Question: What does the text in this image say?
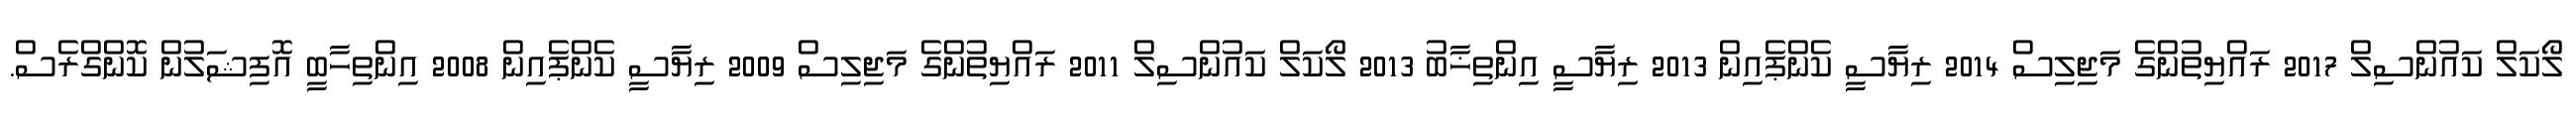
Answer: ލޯކަލް ކައުންސިލް 2017 ރައްޔިތުންގެ މަޖިލިސް 2014 ރިޔާސީ ކެންޕެއިން 2013 ރިޔާސީ އިންތިޚާބު 2013 ލޯކަލް ކައުންސިލް 2011 ރައްޔިތުންގެ މަޖިލިސް 2009 ރިޔާސީ ކެންޕެއިން 2008 އިންތިހާބީ އޮފިޝަލުން ކޮންގްރެސް.